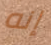
إنه